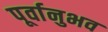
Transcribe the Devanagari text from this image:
पूर्वानुभव